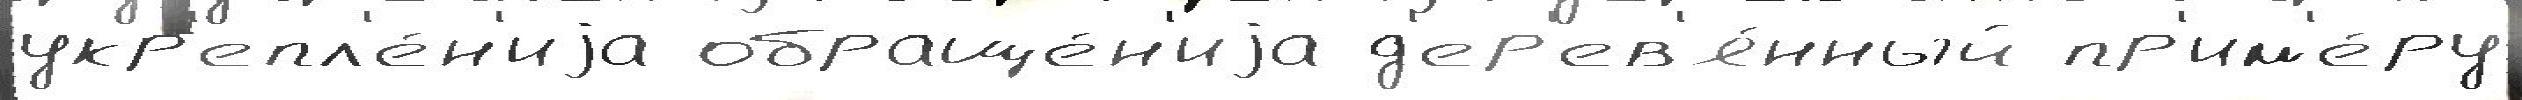
укр'епл'е́н'иjа обраще́н'иjа д'ер'ев'я́нный пр'им'е́ру